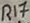
Text: R17